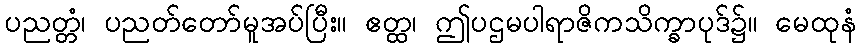
ပညတ္တံ၊ ပညတ်တော်မူအပ်ပြီး။ ဧတ္ထ၊ ဤပဌမပါရာဇိကသိက္ခာပုဒ်၌။ မေထုနံ